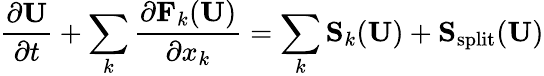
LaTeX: \frac{\partial\mathbf{U}}{\partial t}+\sum_{k}\frac{\partial\mathbf{F}_{k}(\mathbf{U})}{\partial x_{k}}=\sum_{k}\mathbf{S}_{k}(\mathbf{U})+\mathbf{S}_{\mathrm{split}}(\mathbf{U})